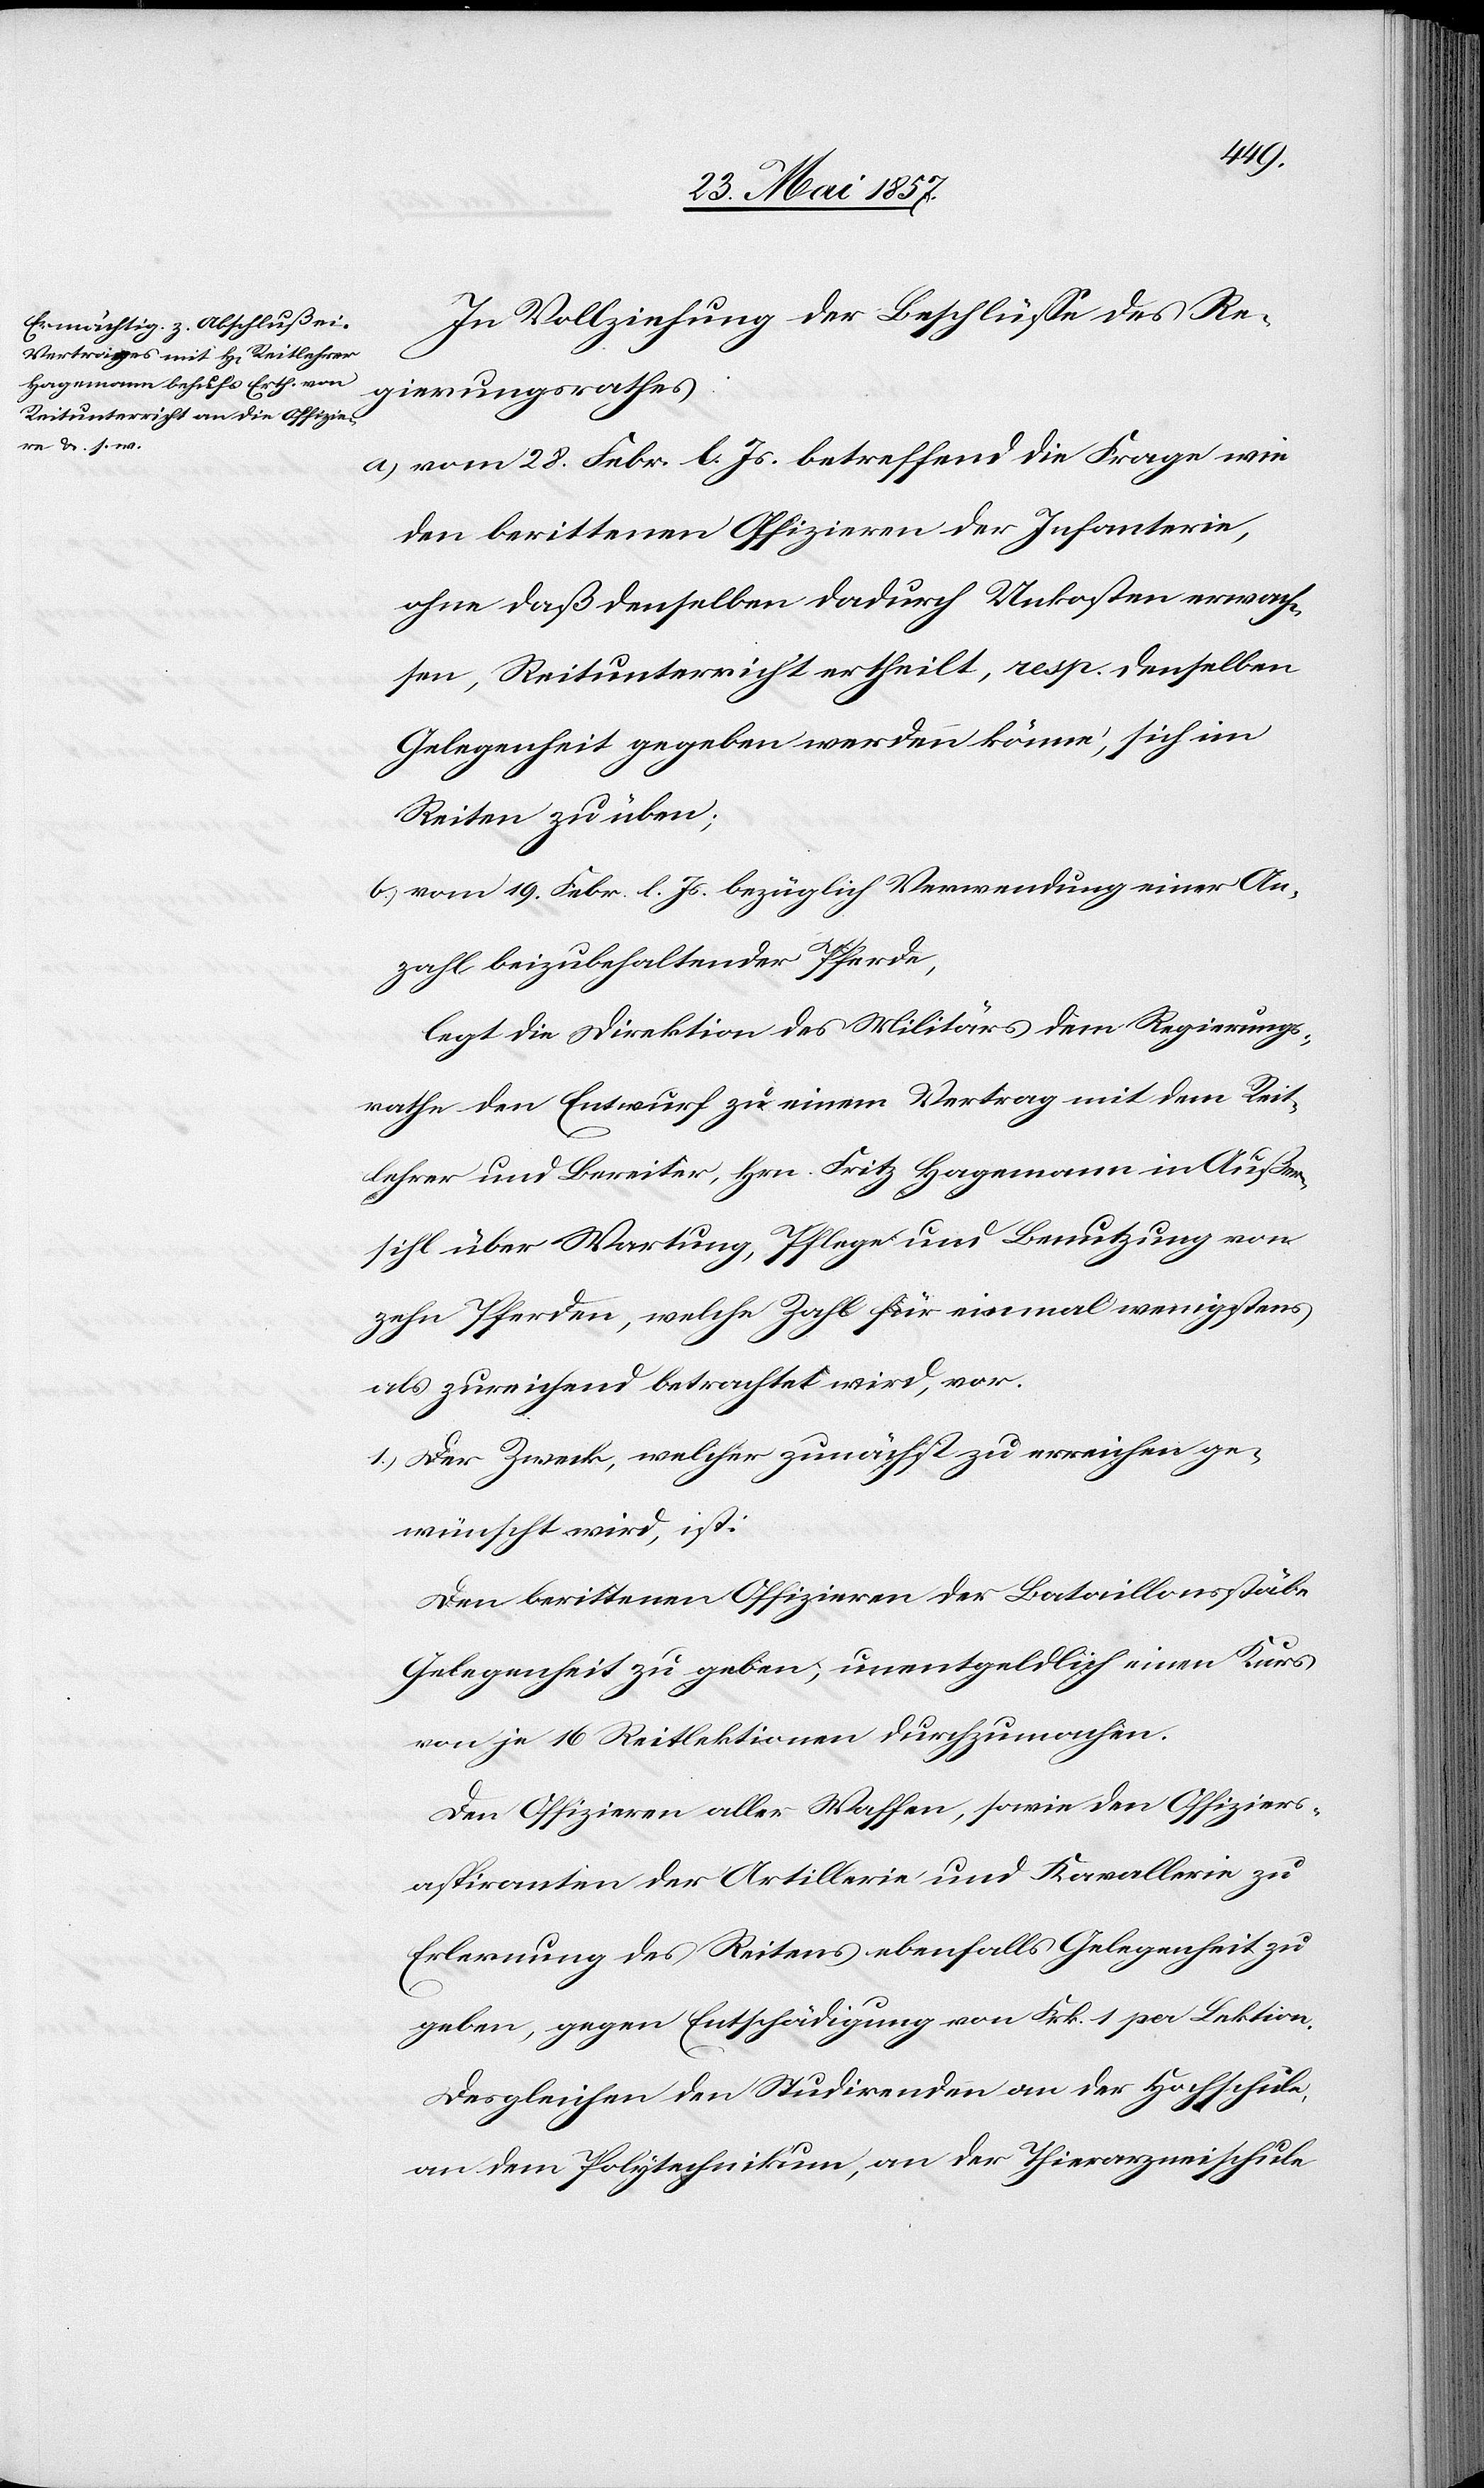
In Vollziehung der Beschlüsse des Re¬
gierungsrathes:
a) vom 28 Febr. l. Js. betreffend die Frage wie
den berittenen Offizieren der Infanterie,
ohne daß denselben dadurch Unkosten erwach¬
sen, Reitunterricht ertheilt, resp. denselben
Gelegenheit gegeben werden könne, sich im
Reiten zu üben;
b.) vom 19 Febr. l. Js. bezüglich Verwendung einer An¬
zahl beizubehaltender Pferde,
legt die Direktion des Militärs dem Regierungs¬
rathe den Entwurf zu einem Vertrag mit dem Reit¬
lehrer und Bereiter, Hrn. Fritz Hagemann in Außer¬
sihl über Wartung, Pflege und Benutzung von
zehn Pferden, welche Zahl für einmal wenigstens
als zureichend betrachtet wird, vor.
1.) Der Zweck, welcher zunächst zu erreichen ge¬
wünscht wird, ist:
Den berittenen Offizieren der Bataillonsstäbe
Gelegenheit zu geben, unentgeldlich einen Kurs
von je 16 Reitlektionen durchzumachen.
Den Offizieren aller Waffen, sowie den Offiziers¬
aspiranten der Artillerie und Kavallerie zu
Erlernung des Reitens ebenfalls Gelegenheit zu
geben, gegen Entschädigung von Frk. 1 pro Lektion.
Desgleichen den Studirenden an der Hochschule,
an dem Polytechnikum, an der Thierarzneischule